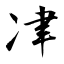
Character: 冿